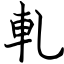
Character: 軋